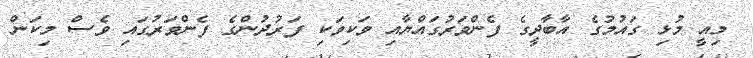
މިއީ މުޅި ގައުމުގެ އާބާދީގެ ފެންވަރުގައްޔާއި ވަކިވަކި ފަރުދުންގެ ފެންވަރުގައި ވެސް މިކަން